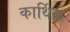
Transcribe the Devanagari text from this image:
कार्थिक